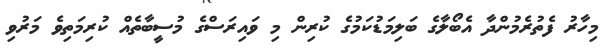
މިހާރު ފެތުރެމުންދާ އެބޯލާގެ ބަލިމަޑުކަމުގެ ކުރިން މި ވައިރަސްގެ މުސީބާތެއް ކުރިމަތިވެ މަރުވި